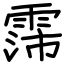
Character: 霈